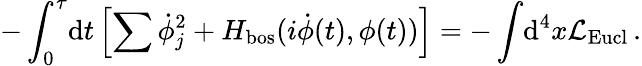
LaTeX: -\int_{0}^{\tau}\! \mathrm{d}t\left[\sum\dot{\phi}_{j}^{2}+H_{\mathrm{bos}}(i\dot{\phi}(t),\phi(t))\right]=-\int\! \mathrm{d}^{4}x{\cal L}_{\mathrm{Eucl}}\, .